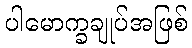
ပါမောက္ခချုပ်အဖြစ်